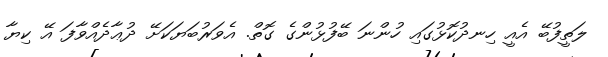
ލަތީފުބޭ އެއީ ހިނދުކޮޅުގައި ހުންނަ ބޭފުޅުންގެ ގޮތް. އެވަރުބަޔަކަށޭ ދުޢާދެއްވާފަ އޭ ކިޔާ